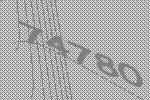
74780